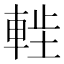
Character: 𫏷